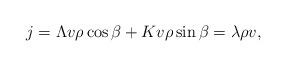
LaTeX: \begin{align*}j = \Lambda v \rho\cos{\beta} + K v \rho\sin{\beta} = \lambda \rho v ,\end{align*}